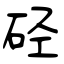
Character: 硁